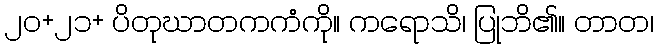
၂၀+၂၁+ ပိတုဃာတကကံကို။ ကရောသိ၊ ပြုဘိ၏။ တာတ၊